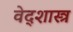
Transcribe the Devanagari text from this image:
वेद्शास्त्र